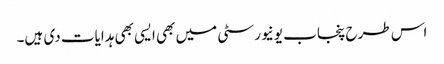
اس طرح پنجاب یونیورسٹی میں بھی ایسی بھی ہدایات دی ہیں۔